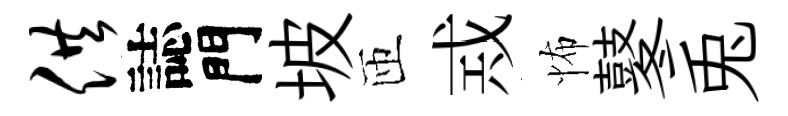
供誌門坡匝𢦶怖鼕兎